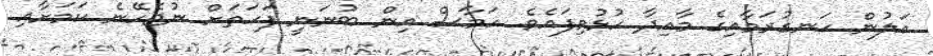
އަލުން ހަނގުރަމާއިގެ މާއިދާ ހުޅުވިފައެވެ. ހަމާސް އިން ބުނަނީ ފަހަތަށް ނުޖެހޭނެ ކަމަށާއި